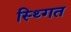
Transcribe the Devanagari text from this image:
स्थ्गित